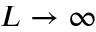
L \to \infty